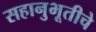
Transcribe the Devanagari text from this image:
सहानुभूतीचे